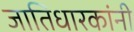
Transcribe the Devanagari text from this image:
जातिधारकांनी